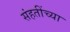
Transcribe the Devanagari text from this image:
संहतींच्या